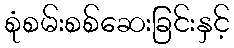
စုံစမ်းစစ်ဆေးခြင်းနှင့်